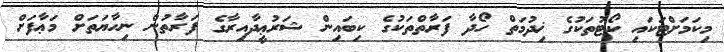
މިކަމަށްޓަކައި ކޯޓުތަކުގެ ޚިދުމަތް ހޯދާ ފަރާތްތަކުގެ ކިބައިން ޝަރުޢީދާއިރާގެ ފަރާތުން ނިހާޔަތަށް މަޢާފަށް